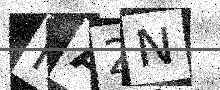
Text: IA2N